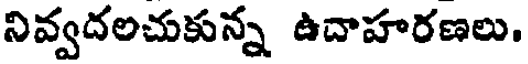
నివ్వదలచుకున్న ఉదాహరణలు.